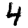
Digit: 4